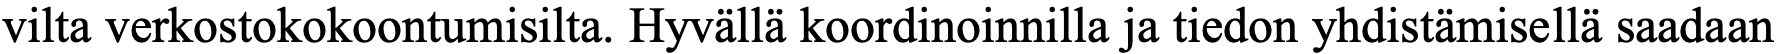
vilta verkostokokoontumisilta. Hyvällä koordinoinnilla ja tiedon yhdistämisellä saadaan